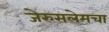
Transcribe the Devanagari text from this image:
जेरुसलेमचा